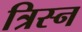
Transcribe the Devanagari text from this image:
त्रिस्न